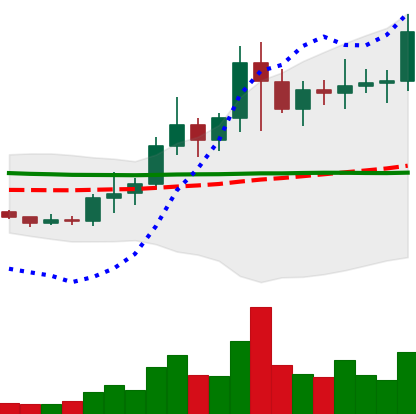
Ticker: NEO-USD
Chart end date: 2021-01-18
Forward return: -10.02%
Label: down_7plus